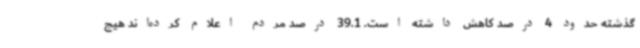
گذشته حدود 4 درصد کاهش داشته است. 39.1 درصد مردم اعلام کرده‌اند هیچ